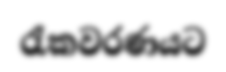
රැකවරණයට